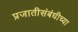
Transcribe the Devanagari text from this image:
प्रजातीसंबंधीच्या